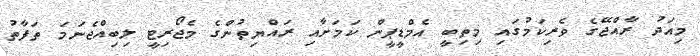
މިއަދު ރާއްޖޭގެ ވެރިކަމުގައި މިތިބީ އެމްޑީޕީން ކަމަށާއި ރައްޔިތުންގެ މެޖޯރިޓީ ލިބިއްޖެނަމަ ތަފާތު